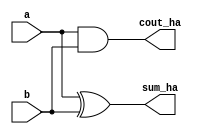
module half_adder (a,b, sum_ha, cout_ha);
  input a,b;
  output sum_ha, cout_ha;
  assign sum_ha = a^b;
  assign cout_ha = a&b;
endmodule

module full_adder (a, b,sum_fa, cout_fa, cin);
  input a,b, cin;
  output sum_fa, cout_fa;
  assign sum_fa = a^b^cin;
  assign cout_fa = (a&b)| ((a^b)&cin);
endmodule

module ripple_adder_no_cin (a, b, sum_rca_nc, cout_rca_nc);
  input [7:0] a,b;
  output [7:0] sum_rca_nc;
  output cout_rca_nc;
  wire [7:0] c_rca_nc;
 
  half_adder b1 (a[0], b[0], sum_rca_nc [0], c_rca_nc[0]);
  full_adder b2 (a[1], b[1], sum_rca_nc[1], c_rca_nc[1], c_rca_nc[0]);
  full_adder b3 (a[2], b[2], sum_rca_nc[2], c_rca_nc[2], c_rca_nc[1]);
  full_adder b4 (a[3], b[3], sum_rca_nc[3], c_rca_nc[3], c_rca_nc[2]);
  full_adder b5 (a[4], b[4], sum_rca_nc[4], c_rca_nc[4], c_rca_nc[3]);
  full_adder b6 (a[5], b[5], sum_rca_nc[5], c_rca_nc[5], c_rca_nc[4]);
  full_adder b7 (a[6], b[6], sum_rca_nc[6], c_rca_nc[6], c_rca_nc[5]);
  full_adder b8 (a[7], b[7], sum_rca_nc[7], cout_rca_nc, c_rca_nc[6]);
endmodule

module ripple_adder_cin (a, b, sum_rca_c, cout_rca_c, cin_rca);
  input [7:0] a,b;
  input cin_rca;
  output [7:0] sum_rca_c;
  output cout_rca_c;
  wire [7:0] c_rca_c;
 
  full_adder b1 (a[0], b[0], sum_rca_c[0], c_rca_c[0], cin_rca);
  full_adder b2 (a[1], b[1], sum_rca_c[1], c_rca_c[1], c_rca_c[0]);
  full_adder b3 (a[2], b[2], sum_rca_c[2], c_rca_c[2], c_rca_c[1]);
  full_adder b4 (a[3], b[3], sum_rca_c[3], c_rca_c[3], c_rca_c[2]);
  full_adder b5 (a[4], b[4], sum_rca_c[4], c_rca_c[4], c_rca_c[3]);
  full_adder b6 (a[5], b[5], sum_rca_c[5], c_rca_c[5], c_rca_c[4]);
  full_adder b7 (a[6], b[6], sum_rca_c[6], c_rca_c[6], c_rca_c[5]);
  full_adder b8 (a[7], b[7], sum_rca_c[7], cout_rca_c, c_rca_c[6]);
endmodule

module csa_8bit(a,b, sum_csa_8bit_0, sum_csa_8bit_1, cout_csa_8bit_0, cout_csa_8bit_1);
  input [7:0] a,b;
  output [7:0] sum_csa_8bit_0, sum_csa_8bit_1;
  output cout_csa_8bit_0, cout_csa_8bit_1;

  ripple_adder_no_cin r1 (a, b, sum_csa_8bit_0, cout_csa_8bit_0);
  ripple_adder_cin    r2 (a, b, sum_csa_8bit_1, cout_csa_8bit_1, 1'b1);
endmodule

module mux_8 (s0, s1, c0, c1, sel, sum_8, cout_8);
  input [7:0] s0, s1;
  input c0, c1, sel;
  output [7:0] sum_8;
  output cout_8;
  assign sum_8  = sel ? s1 : s0;
  assign cout_8 = sel ? c1 : c0;
endmodule

module mux_16_tier1 (b_s_0, b_s_1, a_s_0, a_s_1, b_c_0, b_c_1, a_c_0, a_c_1, o_s_0, o_s_1, o_c_0, o_c_1);
  input [7:0] b_s_0, b_s_1, a_s_0, a_s_1;
  input a_c_0, a_c_1, b_c_0, b_c_1;
  output [15:0] o_s_0, o_s_1;
  output o_c_0, o_c_1;

  assign o_s_0 = a_c_0 ? {b_s_1,a_s_0}:{b_s_0,a_s_0};
  assign o_s_1 = a_c_1 ? {b_s_1,a_s_1}:{b_s_0,a_s_1};
  assign o_c_0 = a_c_0 ? b_c_0 : b_c_1;
  assign o_c_1 = a_c_1 ? b_c_1 : b_c_0;
endmodule

module mux_16_tier2 (o_s_0, o_s_1, o_c_0, o_c_1, cin, e_s, e_c);
  input [15:0] o_s_0, o_s_1;
  input o_c_0, o_c_1, cin;
  output [15:0] e_s;
  output e_c;

  assign e_s = cin ? o_s_1 : o_s_0;
  assign e_c = cin ? o_c_1 : o_c_0;
endmodule

module mux_32_tier2 (b_s_0, b_s_1, a_s_0, a_s_1, b_c_0, b_c_1, a_c_0, a_c_1, o_s_0, o_s_1, o_c_0, o_c_1);
  input [15:0] b_s_0, b_s_1, a_s_0, a_s_1;
  input a_c_0, a_c_1, b_c_0, b_c_1;
  output [31:0] o_s_0, o_s_1;
  output o_c_0, o_c_1;

  assign o_s_0 = a_c_0 ? {b_s_1,a_s_0}:{b_s_0,a_s_0};
  assign o_s_1 = a_c_1 ? {b_s_1,a_s_1}:{b_s_0,a_s_1};
  assign o_c_0 = a_c_0 ? b_c_0 : b_c_1;
  assign o_c_1 = a_c_1 ? b_c_1 : b_c_0;
endmodule

module mux_32_tier3 (o_s_0, o_s_1, o_c_0, o_c_1, cin, e_s, e_c);
  input [31:0] o_s_0, o_s_1;
  input o_c_0, o_c_1, cin;
  output [31:0]e_s;
  output e_c;

  assign e_s = cin ? o_s_1 : o_s_0;
  assign e_c = cin ? o_c_1 : o_c_0;
endmodule

module csa_64bit (a, b, addsum, clock, overflow, start, reset, sum_csa_64, cout_csa_64);
  input [63:0] a,b;
  input addsum, clock, start, reset;
  output overflow;
  output cout_csa_64;
  output [63:0] sum_csa_64;
  wire c_csa_7, c_csa_15, c_csa_31;
  reg [63:0] op1, op2;
  reg cin_addsum;
  //csa2
  wire[7:0] sum_csa2_0, sum_csa2_1;
  wire cout_csa2_0, cout_csa2_1;
  //csa3
  wire [7:0] sum_csa3_0, sum_csa3_1;
  wire cout_csa3_0, cout_csa3_1;
  //csa4
  wire [7:0] sum_csa4_0, sum_csa4_1;
  wire cout_csa4_0, cout_csa4_1;
  wire [15:0] mux_t1_31_s_0, mux_t1_31_s_1, mux_t2_31_s;
  wire mux_t1_31_c_0, mux_t1_31_c_1, mux_t2_31_c;
  //csa5
  wire [7:0] sum_csa5_0, sum_csa5_1;
  wire cout_csa5_0, cout_csa5_1;
  //csa6
  wire [7:0] sum_csa6_0, sum_csa6_1;
  wire cout_csa6_0, cout_csa6_1;
  wire [15:0] mux_t1_47_s_0, mux_t1_47_s_1 ;
  wire mux_t1_47_c_0, mux_t1_47_c_1 ;
  //csa7
  wire [7:0] sum_csa7_0, sum_csa7_1;
  wire cout_csa7_0, cout_csa7_1;
  //csa8
  wire [7:0] sum_csa8_0, sum_csa8_1;
  wire cout_csa8_0, cout_csa8_1;
  wire [15:0] mux_t1_63_s_0, mux_t1_63_s_1 ;
  wire [31:0] mux_t2_63_s_0, mux_t2_63_s_1 ;
  wire mux_t1_63_c_0, mux_t1_63_c_1, mux_t2_63_c_0, mux_t2_63_c_1 ;
  assign overflow = sum_csa_64[63];
  initial 
  begin
      op1 = 0;
      op2 = 0;
      cin_addsum = 0;
  end
  always @(clock)
  begin
     if (reset)
     begin
         op1 <= 0;
         op2 <= 0;
     end
     else if (start)
     begin
         op1 <= a;
         if (addsum) 
         begin
             op2 <= ~ b;
             cin_addsum = 1;
         end
         else begin
             op2 <= b;
         end
     end
 end

  //0-7 bit
 // ripple_adder_no_cin csa_1 (op1[7:0], op2[7:0], sum_csa_64[7:0], c_csa_7);
  ripple_adder_cin csa_1 (op1[7:0], op2[7:0], sum_csa_64[7:0], c_csa_7,cin_addsum);
  
  // 8-15 bit
  csa_8bit csa_2 (op1[15:8], op2[15:8], sum_csa2_0[7:0], sum_csa2_1[7:0], cout_csa2_0, cout_csa2_1);
  mux_8 mux_csa_2 (sum_csa2_0, sum_csa2_1, cout_csa2_0, cout_csa2_1, c_csa_7, sum_csa_64 [15:8], c_csa_15);

  // 16-23 bit
  csa_8bit csa_3 (op1[23:16], op2[23:16], sum_csa3_0[7:0], sum_csa3_1[7:0], cout_csa3_0, cout_csa3_1); 
  
  // 24-31 bit
  csa_8bit csa_4 (op1[31:24], op2[31:24], sum_csa4_0[7:0], sum_csa4_1[7:0], cout_csa4_0, cout_csa4_1); 
  
  mux_16_tier1 mux_t1_csa_3_4 (sum_csa4_0, sum_csa4_1, sum_csa3_0, sum_csa3_1, cout_csa4_0, cout_csa4_1, cout_csa3_0, cout_csa3_1, mux_t1_31_s_0, mux_t1_31_s_1, mux_t1_31_c_0, mux_t1_31_c_1 ); 
  
 mux_16_tier2 mux_t2_csa_3_4 (mux_t1_31_s_0, mux_t1_31_s_1, mux_t1_31_c_0, mux_t1_31_c_1, c_csa_15, sum_csa_64 [31:16], c_csa_31);
     //mux_t2_31_s, mux_t2_31_c); 
  
  // 32-39 bit
  csa_8bit csa_5 (op1[39:32], op2[39:32], sum_csa5_0[7:0], sum_csa5_1[7:0], cout_csa5_0, cout_csa5_1); 
  
  // 40-47 bit
  csa_8bit csa_6 (op1[47:40], op2[47:40], sum_csa6_0[7:0], sum_csa6_1[7:0], cout_csa6_0, cout_csa6_1); 
  
  mux_16_tier1 mux_t1_csa_5_6 (sum_csa6_0, sum_csa6_1, sum_csa5_0, sum_csa5_1, cout_csa6_0, cout_csa6_1, cout_csa5_0, cout_csa5_1, mux_t1_47_s_0, mux_t1_47_s_1, mux_t1_47_c_0, mux_t1_47_c_1 ); 
  
  // 48-55 bit
  csa_8bit csa_7 (op1[55:48], op2[55:48], sum_csa7_0[7:0], sum_csa7_1[7:0], cout_csa7_0, cout_csa7_1); 
  
  // 56-63 bit
  csa_8bit csa_8 (op1[63:56], op2[63:56], sum_csa8_0[7:0], sum_csa8_1[7:0], cout_csa8_0, cout_csa8_1); 
  
  mux_16_tier1 mux_t1_csa_7_8 (sum_csa8_0, sum_csa8_1, sum_csa7_0, sum_csa7_1, cout_csa8_0, cout_csa8_1, cout_csa7_0, cout_csa7_1, mux_t1_63_s_0, mux_t1_63_s_1, mux_t1_63_c_0, mux_t1_63_c_1 ); 

 mux_32_tier2 mux_t2_csa_5_8 (mux_t1_63_s_0, mux_t1_63_s_1, mux_t1_47_s_0, mux_t1_47_s_1, mux_t1_63_c_0, mux_t1_63_c_1, mux_t1_47_c_0, mux_t1_47_c_1, mux_t2_63_s_0, mux_t2_63_s_1, mux_t2_63_c_0, mux_t2_63_c_1 );

 mux_32_tier3 mux_t3_csa_5_8 (mux_t2_63_s_0, mux_t2_63_s_1, mux_t2_63_c_0, mux_t2_63_c_1, c_csa_31, sum_csa_64[63:32],cout_csa_64 );
endmodule